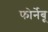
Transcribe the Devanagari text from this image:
फोर्नेबू